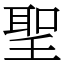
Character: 聖